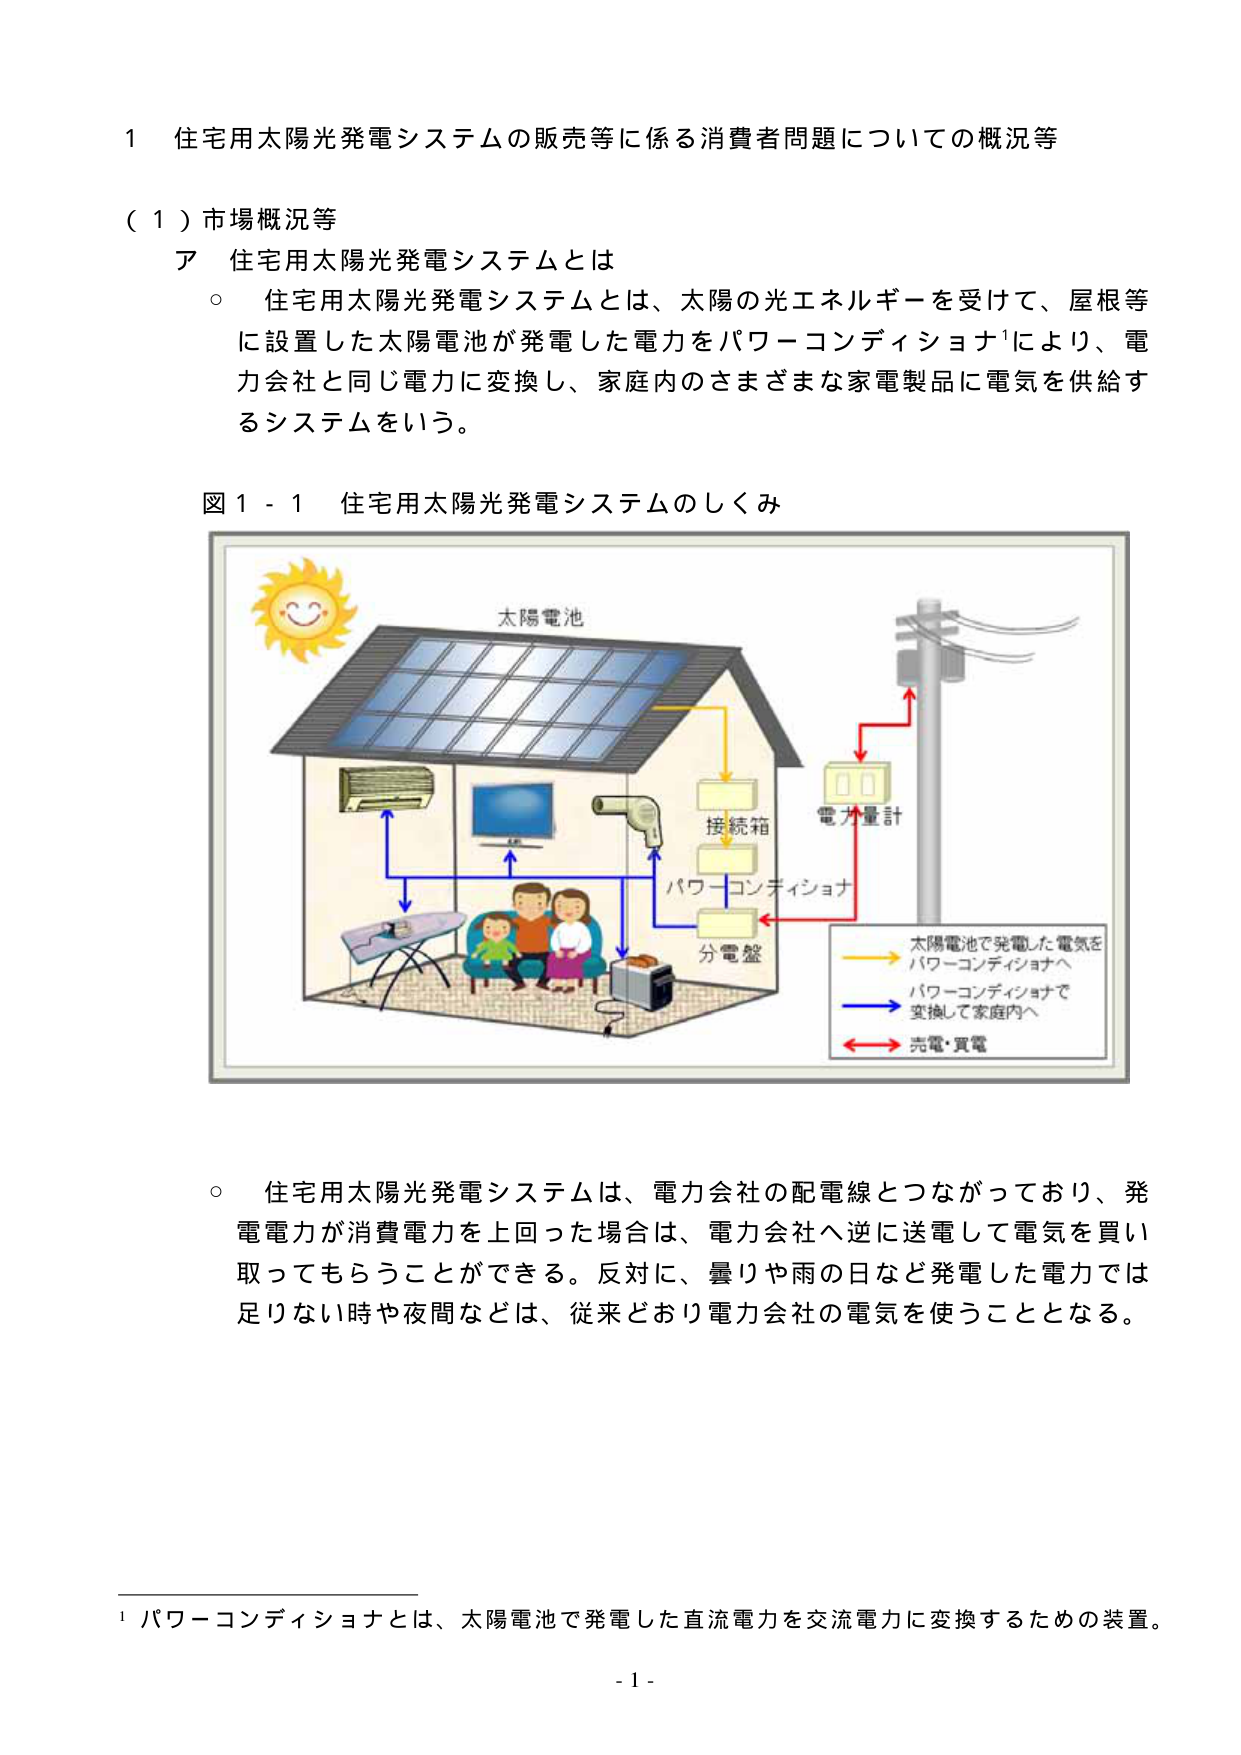
1 住宅用太陽光発電システムの販売等に係る消費者問題についての概況等

（１）市場概況等
ア 住宅用太陽光発電システムとは
○ 住宅用太陽光発電システムとは、太陽の光エネルギーを受けて、屋根等に設置した太陽電池が発電した電力をパワーコンディショナ¹により、電力会社と同じ電力に変換し、家庭内のさまざまな家電製品に電気を供給するシステムをいう。

図１－１ 住宅用太陽光発電システムのしくみ

太陽電池
接続箱
パワーコンディショナ
分電盤
電力量計

太陽電池で発電した電気を
パワーコンディショナへ
パワーコンディショナで
変換して家庭内へ
売電・買電

○ 住宅用太陽光発電システムは、電力会社の配電線とつながっており、発電電力が消費電力を上回った場合は、電力会社へ逆に送電して電気を買い取ってもらうことができる。反対に、曇りや雨の日など発電した電力では足りない時や夜間などは、従来どおり電力会社の電気を使うこととなる。

¹ パワーコンディショナとは、太陽電池で発電した直流電力を交流電力に変換するための装置。
- 1 -